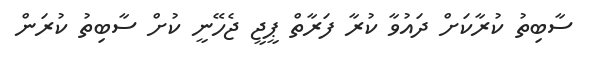
ސާބިތު ކުރާކަށް ދައުވާ ކުރާ ފަރާތް ޕީޖީ ޖެހޭނީ ކުށް ސާބިތު ކުރަން